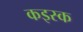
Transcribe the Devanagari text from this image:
कइस्क